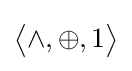
{\bigl \langle }\wedge ,\oplus ,1{\bigr \rangle }